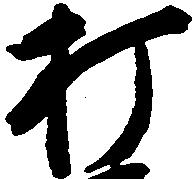
打